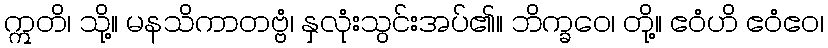
ဣတိ၊ သို့။ မနသိကာတဗ္ဗံ၊ နှလုံးသွင်းအပ်၏။ ဘိက္ခဝေ၊ တို့။ ဧဝံဟိ ဧဝံဧဝ၊